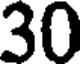
30